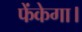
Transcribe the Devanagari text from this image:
फेंकेगा।